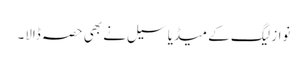
نواز لیگ کے میڈیا سیل نے بھی حصہ ڈالا۔